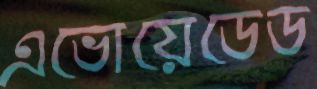
এভোয়েডেড